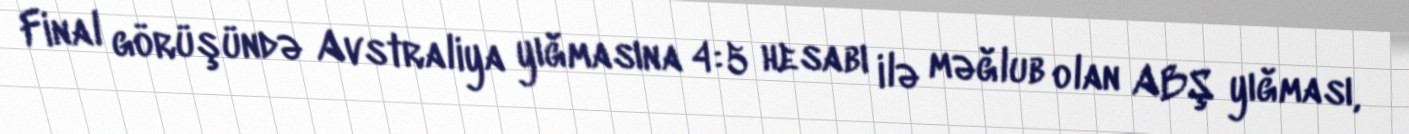
Final görüşündə Avstraliya yığmasına 4:5 hesabı ilə məğlub olan ABŞ yığması,